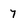
Character: 7